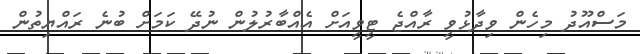
މަސްއޫދު މިހެން ވިދާޅުވީ ރާއްޖެ ޓީވީއަށް އެއްބާރުލުން ނުދޭ ކަމަށް ބުނެ ރައްޔިތުން